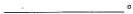
___。